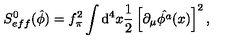
S _ { e f f } ^ { 0 } ( \hat { \phi } ) = f _ { \pi } ^ { 2 } \int \mathrm { d } ^ { 4 } x \frac { 1 } { 2 } \left[ \partial _ { \mu } \hat { \phi ^ { a } } ( x ) \right] ^ { 2 } ,